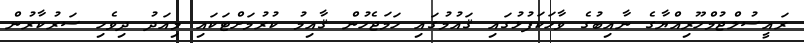
ރައީސުލްޖުމްހޫރިއްޔާގެ ނާއިބުގެ ވާހަކަފުޅުގައި ޤައުމުގައި ހަމަޖެހުން ޤާއިމު ކުރުމަށްޓަކައި މިއަދު ދިވެހި ސަރުކާރުން